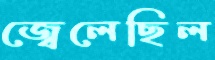
জ্বেলেছিল